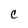
Character: c